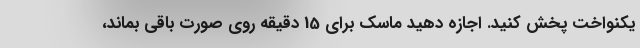
یکنواخت پخش کنید. اجازه دهید ماسک برای 15 دقیقه روی صورت باقی بماند،